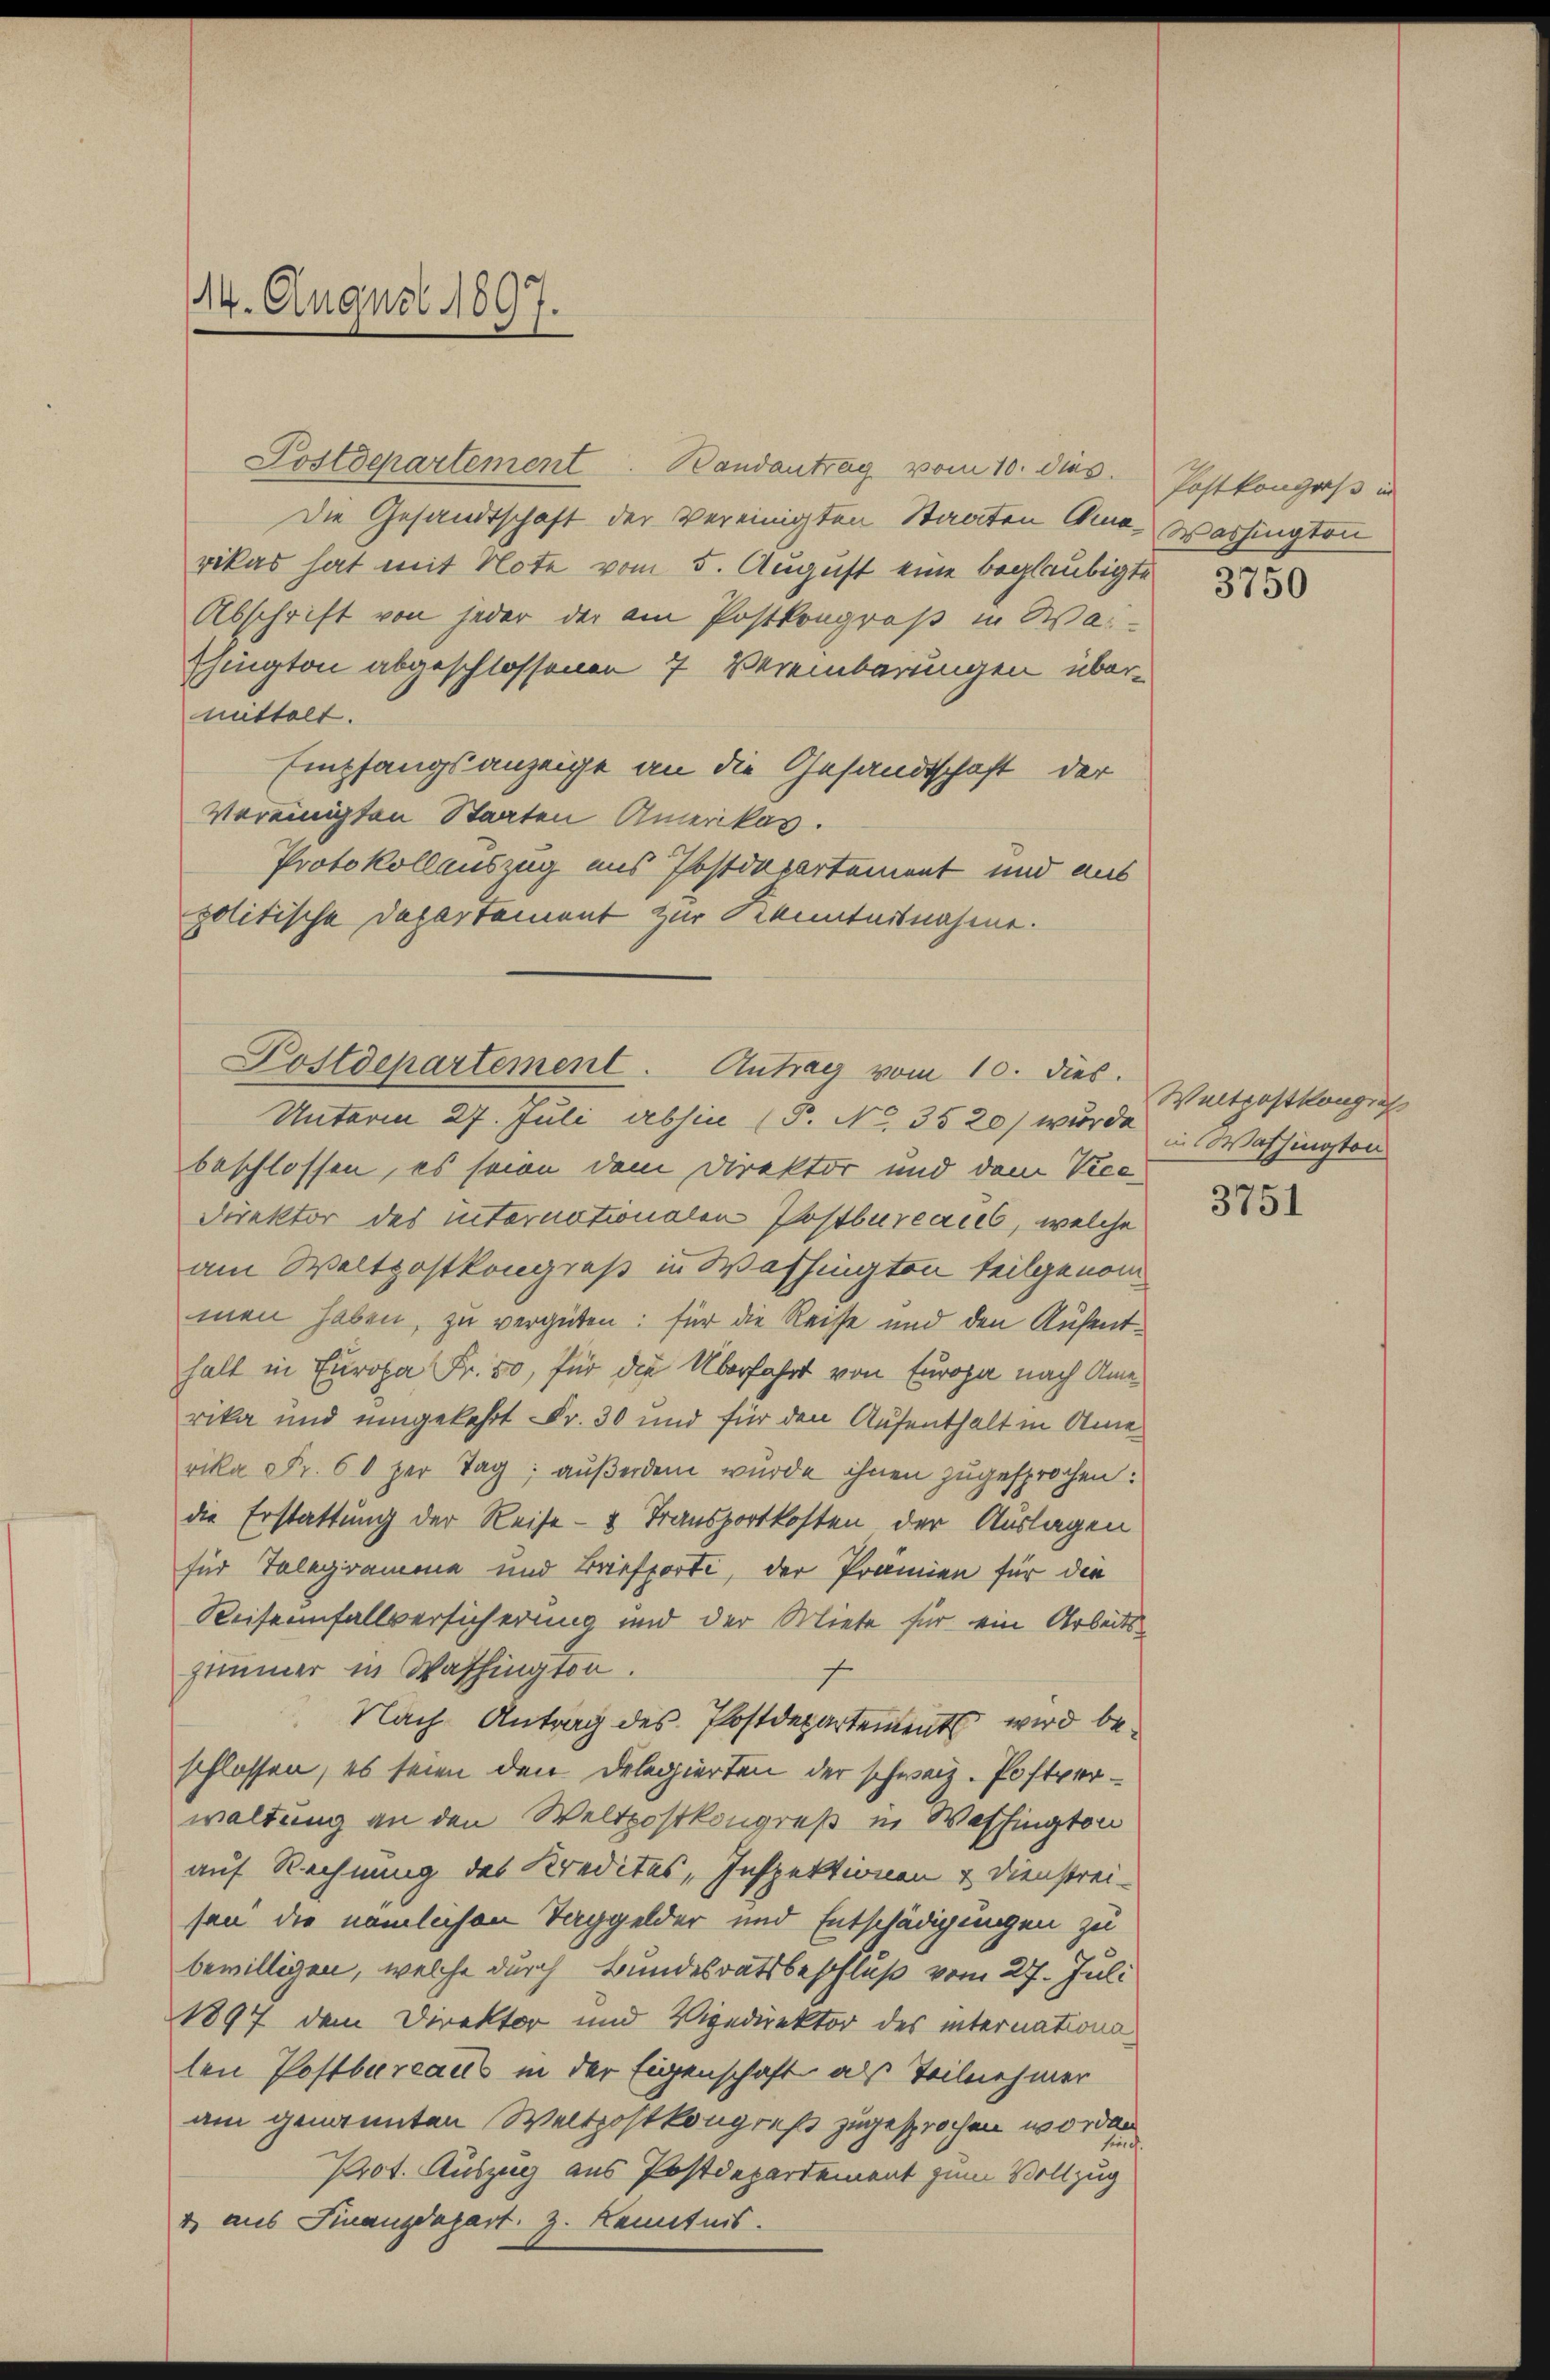
Postdepartement Bandantrag vom 10. dies
Die Gesandtschaft der Vereinigten Staaten Ama-Washington
rikas hat mit Note vom 5. August eine beglaubigte
Abschrift von jeder der am Postkongroß in Wai-
Ehington abgeschlossenen 7 Vereinbarungen übermittelt.
Empfangsanzeige an die Gesandtschaft, der
Vereinigten Staaten Amerikas.
Protokollauszug aus Postdepartement und aus
politische Departement zur Kenntnisnahme.

14. August 1897.

Postdepartement. Antrag vom 10. dies.
Unterm 27. Juli abhin (§. No. 3520) wurde u. Washington
beschlossen, es sein dem Direktor und dem Vice¬

Direktor des internationalen Postbureaces, welche
am Weltpostkongreß in Washingten teilgenommen haben, zu vergüten: für die Reise und den Aufenthalt in Europa Fr. 50, für die Überfahrt von Europa nach Amerika und umgekehrt Fr. 30 und für den Aufenthalt in Ane
rika Fr. 60 per Tag, außerdem wurde ihnen zugesprochen:
die Erstattung der Reise- & Transportkosten der Auslagen
für Telegramone und Briefporti, der Prämien für die
Reisennfallversicherung und der Miete für ein Arbeits-
zimmer in Washingten.
f
Nach Antrag des Postdepartement wird beschlossen, es seien den Delegierten der schweiz. Postverwaltung an den Weltpostkongreß in Washington
auf Rechnung des Kredites, Inspektionen & Dienstrei-
sen die nämlichen Taggelder und Entschädigungen zu
bewilligen, welche durch Bundesratsbeschluß vom 27. Juli
1897 dem Direktor und Vigedirektor des internations
len Postbureaus in der Eigenschaft als Teilnehmer
am genannten Weltpostkongreß zugesprochen worden
Prot. Auszug aus Postdepartement zum Vollzug
4 aus Finanzdepart. 3. Kenntnis.

Postkongaß in
3750

Weltpostkongres

3751